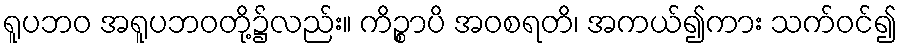
ရူပဘဝ အရူပဘဝတို့၌လည်း။ ကိဉ္စာပိ အဝစရတိ၊ အကယ်၍ကား သက်ဝင်၍